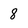
Character: 8